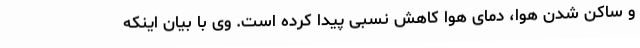
و ساکن شدن هوا، دمای هوا کاهش نسبی پیدا کرده است. وی با بیان اینکه